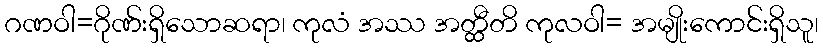
ဂဏဝါ=ဂိုဏ်းရှိသောဆရာ၊ ကုလံ အဿ အတ္ထီတိ ကုလဝါ= အမျိုးကောင်းရှိသူ၊